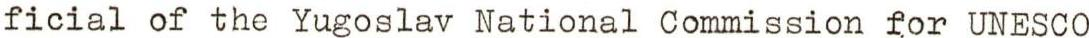
ficial of the Yugoslav National Commission for UNESCO